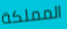
المملكة